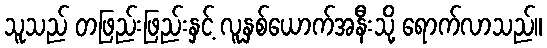
သူသည် တဖြည်းဖြည်းနှင့် လူနှစ်ယောက်အနီးသို့ ရောက်လာသည်။